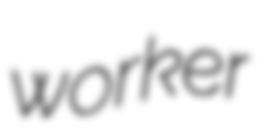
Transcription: worker